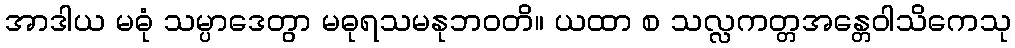
အာဒါယ မဓုံ သမ္ပာဒေတွာ မဓုရသမနုဘဝတိ။ ယထာ စ သလ္လကတ္တအန္တေဝါသိကေသု